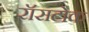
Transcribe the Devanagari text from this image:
रॉसटोक